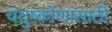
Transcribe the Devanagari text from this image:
चतुष्कोणासाठी